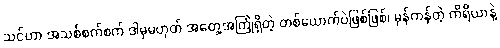
သင်ဟာ အသစ်စက်စက် ဒါမှမဟုတ် အတွေ့အကြုံရှိတဲ့ တစ်ယောက်ပဲဖြစ်ဖြစ်၊ မှန်ကန်တဲ့ ကိရိယာနဲ့